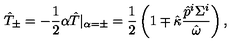
\hat { T } _ { \pm } = - \frac { 1 } { 2 } \alpha \hat { T } | _ { \alpha = \pm } = \frac { 1 } { 2 } \left( 1 \mp \hat { \kappa } \frac { \hat { p } ^ { i } \Sigma ^ { i } } { \hat { \omega } } \right) ,